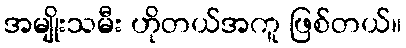
အမျိုးသမီး ဟိုတယ်အကူ ဖြစ်တယ်။